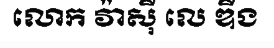
លោក វ៉ាស៊ី លេ ឌីង